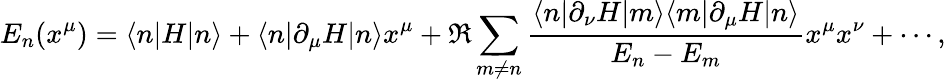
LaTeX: E_{n}(x^{\mu})=\langle n|H|n\rangle+\langle n|\partial_{\mu}H|n\rangle x^{\mu}+\Re\sum_{m\neq n}{\frac{\langle n|\partial_{\nu}H|m\rangle\langle m|\partial_{\mu}H|n\rangle}{E_{n}-E_{m}}}x^{\mu}x^{\nu}+\cdots,